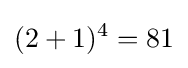
(2+1)^{4}=81